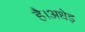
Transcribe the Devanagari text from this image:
है।अधेड़